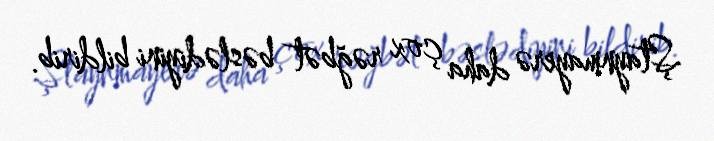
Ştaynmayerə daha çox rəğbət bəslədiyini bildirib.